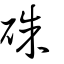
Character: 硃